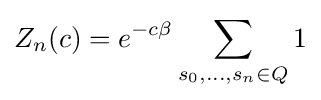
Z_{n}(c)=e^{-c\beta }\sum _{s_{0},\ldots ,s_{n}\in Q}1